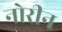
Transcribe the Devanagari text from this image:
नोरीन